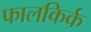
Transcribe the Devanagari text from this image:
फालकिर्क